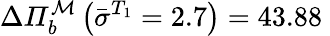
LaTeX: \Delta\mathit{\Pi}_{b}^{\mathcal{M}}\left(\bar{\sigma}^{T_{1}}=2.7\right)=43.88\